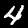
Digit: 4